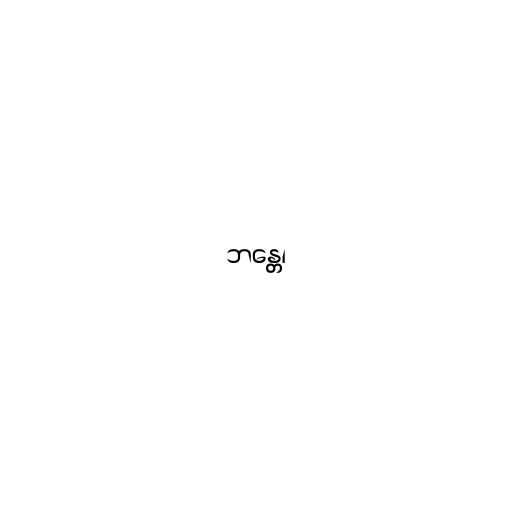
ဘန္တေ၊